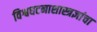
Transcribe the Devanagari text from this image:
विश्वघटनाशास्त्रज्ञांचा